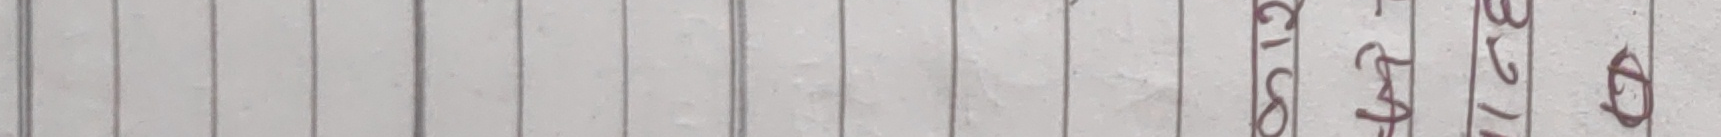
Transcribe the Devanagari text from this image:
९१२ ३२/१